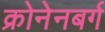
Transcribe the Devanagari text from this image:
क्रोनेनबर्ग